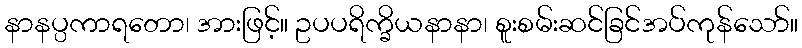
နာနပ္ပကာရတော၊ အားဖြင့်။ ဥပပရိက္ခိယနာနာ၊ စူးစမ်းဆင်ခြင်အပ်ကုန်သော်။